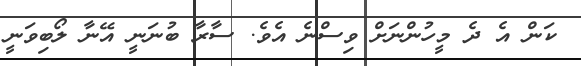
ކަން އެ ދެ މީހުންނަށް ވިސްނެ އެވެ. ސާރާ ބުނަނީ އޭނާ ލޯބިވަނީ